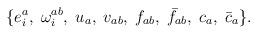
LaTeX: \begin{align*}\{ e^{a}_{i},\; \omega^{ab}_{i},\; u_{a},\; v_{ab},\; f_{ab},\; \bar{f}_{ab},\;c_{a},\; \bar{c}_{a}\}.\end{align*}